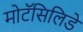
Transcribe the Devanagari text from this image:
मोटॅसिलिडे